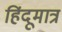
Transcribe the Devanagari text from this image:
हिंदूमात्र